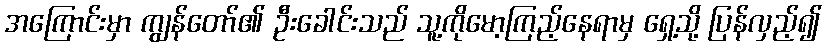
အကြောင်းမှာ ကျွန်တော်၏ ဦးခေါင်းသည် သူ့ကိုမော့ကြည့်နေရာမှ ရှေ့သို့ ပြန်လှည့်၍